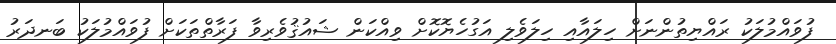
ފުވައްމުލަކު ރައްޔިތުންނަށް ހިލައާއި ހިލަވެލި އަގުހެޔޮކޮށް ވިއްކަން ޝައުޤުވެރިވާ ފަރާތްތަކަށް ފުވައްމުލަކު ބަނދަރު